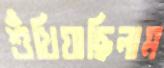
শুঁখিয়াছিলাম